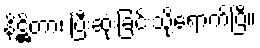
နိဋ္ဌိတာ၊ ပြီးဆုံးခြင်းသို့ရောက်ပြီ။